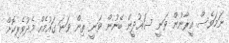
ނަމަވެސް އީރާނުން ވަނީ ސައުދީން ބޭނުން ވަނީ ތިން ވަނަ ގައުމެއް މެދުވެރިކޮށް